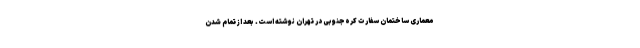
معماری ساختمان سفارت کره‌جنوبی در تهران نوشته است. بعد از تمام شدن